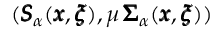
( { \pmb S } _ { \alpha } ( { \pmb x } , { \pmb \xi } ) , \mu \, { \pmb \Sigma } _ { \alpha } ( { \pmb x } , { \pmb \xi } ) )